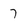
Character: 7